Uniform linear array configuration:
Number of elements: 24
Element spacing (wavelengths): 0.25
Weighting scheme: uniform
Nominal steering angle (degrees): -30
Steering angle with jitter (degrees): -31.774
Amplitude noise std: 0.05
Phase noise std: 0.05

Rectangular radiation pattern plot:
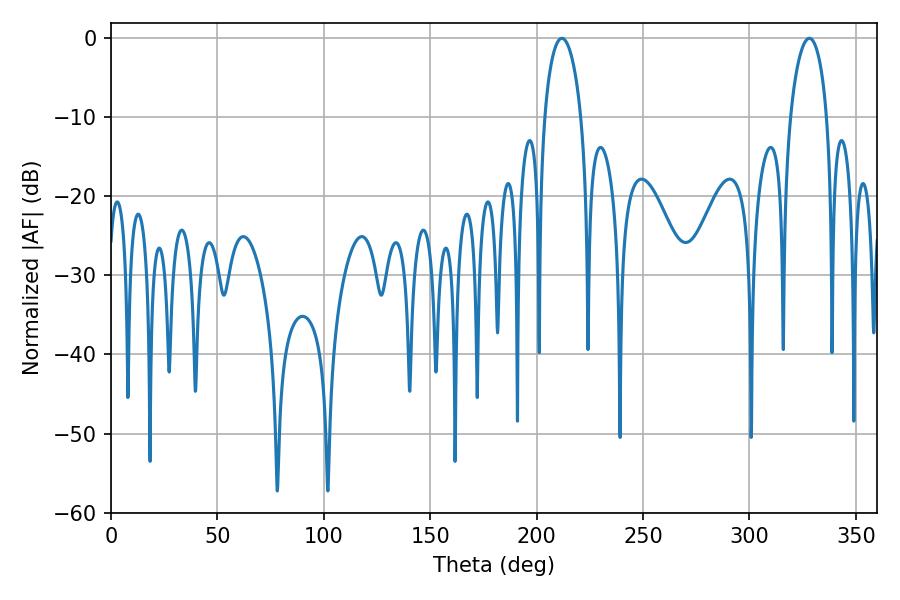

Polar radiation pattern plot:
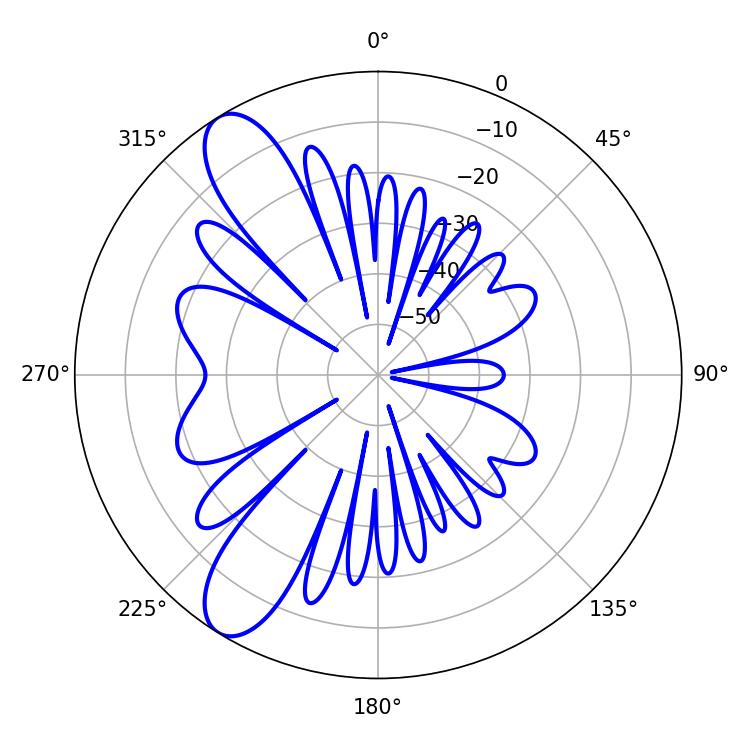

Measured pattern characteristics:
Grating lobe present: FALSE
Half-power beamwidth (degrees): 9.9
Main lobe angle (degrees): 211.86